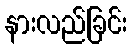
နားလည်ခြင်း